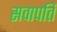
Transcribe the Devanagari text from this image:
सवापति